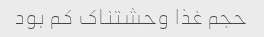
حجم غذا وحشتناک کم بود